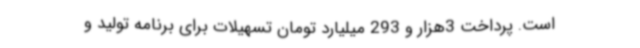
است. پرداخت 3هزار و 293 میلیارد تومان تسهیلات برای برنامه تولید و